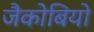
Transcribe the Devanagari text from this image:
जैकोबियो